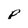
Character: p